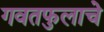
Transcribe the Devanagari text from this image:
गवतफुलाचे